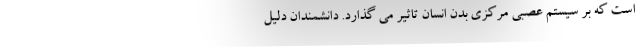
است که بر سیستم عصبی مرکزی بدن انسان تاثیر می گذارد. دانشمندان دلیل